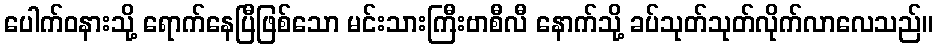
ပေါက်ဝနားသို့ ရောက်နေပြီဖြစ်သော မင်းသားကြီးဗာစီလီ နောက်သို့ ခပ်သုတ်သုတ်လိုက်လာလေသည်။